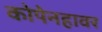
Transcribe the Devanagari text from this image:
कोपेनहावर